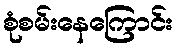
စုံစမ်းနေကြောင်း